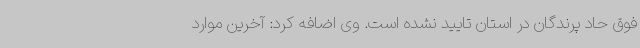
فوق حاد پرندگان در استان تایید نشده است. وی اضافه کرد: آخرین موارد